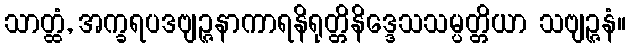
သာတ္ထံ, အက္ခရပဒဗျဉ္ဇနာကာရနိရုတ္တိနိဒ္ဒေသသမ္ပတ္တိယာ သဗျဉ္ဇနံ။